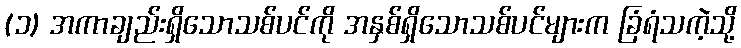
(၁) အကာချည်းရှိသောသစ်ပင်ကို အနှစ်ရှိသောသစ်ပင်များက ခြံရံသကဲ့သို့